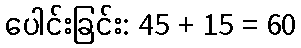
ပေါင်းခြင်း: 45 + 15 = 60